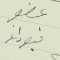
عضو قيصر داغر